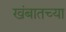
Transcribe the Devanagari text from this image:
खंबातच्या